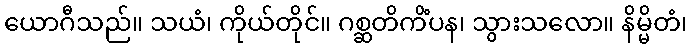
ယောဂီသည်။ သယံ၊ ကိုယ်တိုင်။ ဂစ္ဆတိကိံပန၊ သွားသလော။ နိမ္မိတံ၊